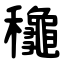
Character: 䆋